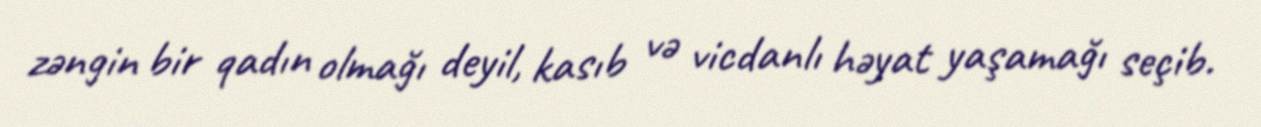
zəngin bir qadın olmağı deyil, kasıb və vicdanlı həyat yaşamağı seçib.